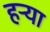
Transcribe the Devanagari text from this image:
हर्‍या